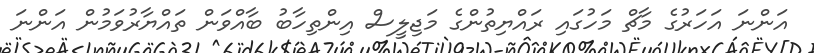
އަންނަ އަހަރުގެ މާޗް މަހުގައި ރައްޔިތުންގެ މަޖިލީސް އިންތިހާބު ބާއްވަން ތައްޔާރުވަމުން އަންނަ